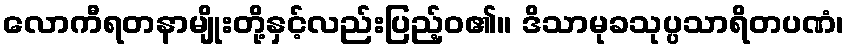
လောကီရတနာမျိုးတို့နှင့်လည်းပြည့်ဝ၏။ ဒိသာမုခသုပ္ပသာရိတပဏံ၊